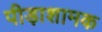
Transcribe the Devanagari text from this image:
पीड़ाशामक